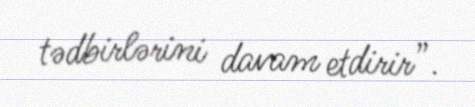
tədbirlərini davam etdirir”.